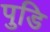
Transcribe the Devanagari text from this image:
पुडि